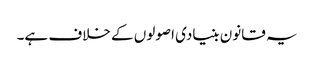
یہ قانون بنیادی اصولوں کے خلاف ہے۔